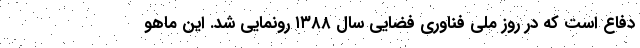
دفاع است که در روز ملی فناوری فضایی سال ۱۳۸۸ رونمایی شد. این ماهو